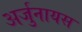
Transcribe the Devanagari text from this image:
अर्जुनायस